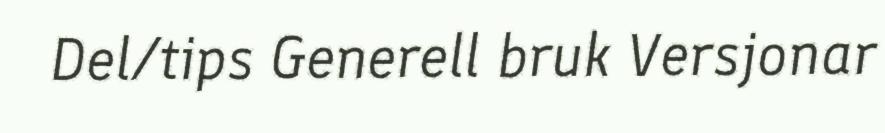
Del/tips Generell bruk Versjonar